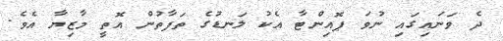
ދެ ވަނައިގައި ނުވަ ޕޮއިންޓާ އެކު ލަނޑުގެ ތަފާތުން އޮތީ މާޒިޔާ އެވެ.